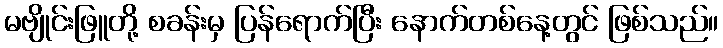
မဗျိုင်းဖြူတို့ စခန်းမှ ပြန်ရောက်ပြီး နောက်တစ်နေ့တွင် ဖြစ်သည်။